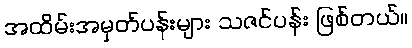
အထိမ်းအမှတ်ပန်းများ သဇင်ပန်း ဖြစ်တယ်။